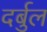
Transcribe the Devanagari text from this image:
दर्बुल